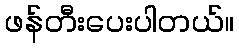
ဖန်တီးပေးပါတယ်။